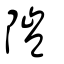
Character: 隑